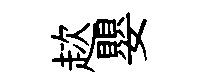
趑嬰